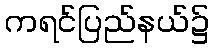
ကရင်ပြည်နယ်၌